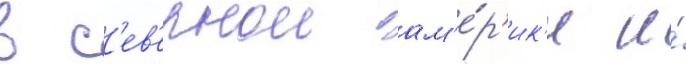
в с'ев'ернои ам'е́р'ик'е и́